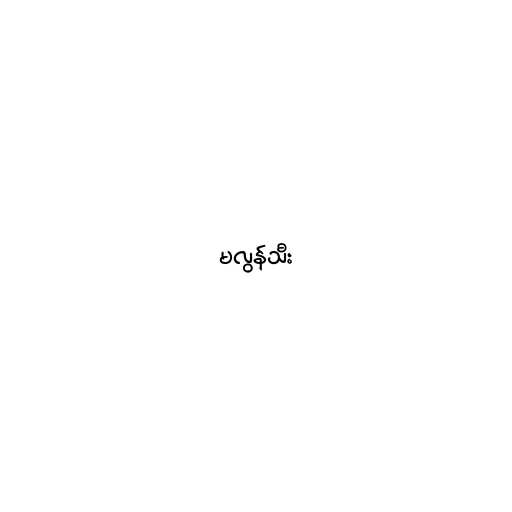
မလွန်သီး